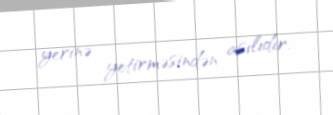
yerinə yetirməsindən asılıdır.